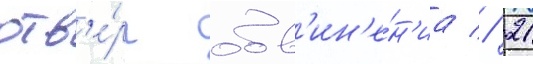
отв'е́рг обв'ин'е́н'иа // 21